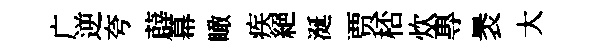
广逆夸薜幕瞰疾絕涎贾桮炊專褁大